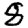
Digit: 8